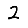
Digit: 2